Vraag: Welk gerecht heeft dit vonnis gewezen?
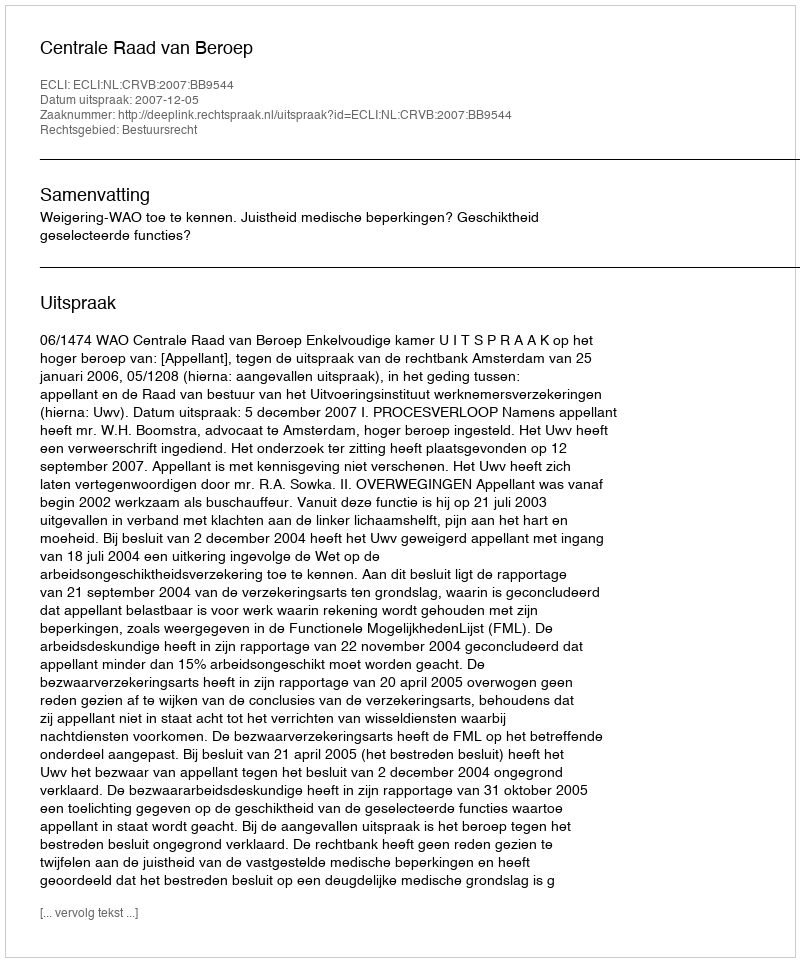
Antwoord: Centrale Raad van Beroep